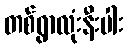
တစ်ရွာလုံးနီးပါး